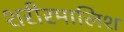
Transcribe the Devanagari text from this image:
शरीरमालिश